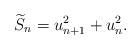
\begin{align*}\widetilde{S}_n &= u_{n+1}^2 + u_n^2.\end{align*}